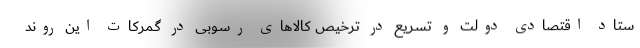
ستاد اقتصادی دولت و تسریع در ترخیص کالاهای رسوبی در گمرکات این روند